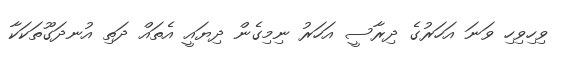
ވިހިވިހި ވަނަ އަހަރުގެ ދިރާސީ އަހަރު ނިމިގެން ދިޔައީ އެތައް ދަތި އުނދަގޫތަކަކާ